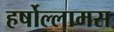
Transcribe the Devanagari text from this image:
हर्षोल्लामस